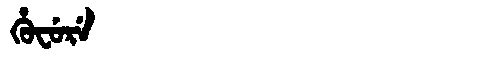
Manchu: ᡥᡠᠸᡠᡵᡝ
Romanization: HUFURE